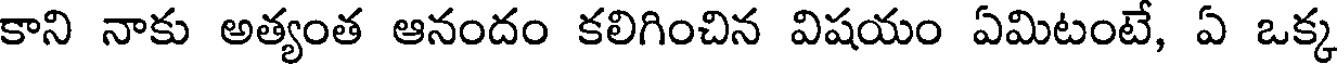
కాని నాకు అత్యంత ఆనందం కలిగించిన విషయం ఏమిటంటే, ఏ ఒక్క